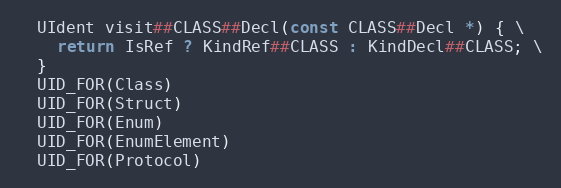
Language: C++
  UIdent visit##CLASS##Decl(const CLASS##Decl *) { \
    return IsRef ? KindRef##CLASS : KindDecl##CLASS; \
  }
  UID_FOR(Class)
  UID_FOR(Struct)
  UID_FOR(Enum)
  UID_FOR(EnumElement)
  UID_FOR(Protocol)